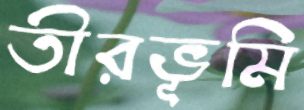
তীরভূমি